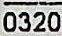
0320